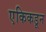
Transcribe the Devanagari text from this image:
एकिकडून